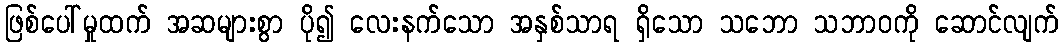
ဖြစ်ပေါ်မှုထက် အဆများစွာ ပို၍ လေးနက်သော အနှစ်သာရ ရှိသော သဘော သဘာဝကို ဆောင်လျက်